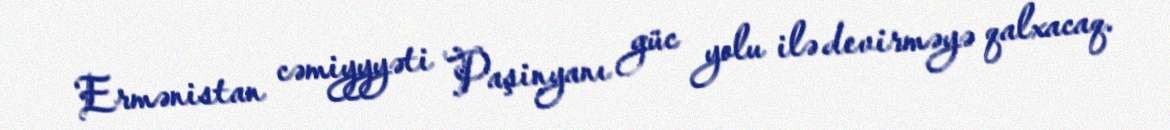
Ermənistan cəmiyyyəti Paşinyanı güc yolu ilə devirməyə qalxacaq.